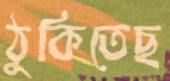
ঠুকিতেছ